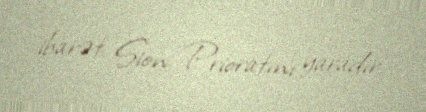
ibarət Sion Prioratını yaradır.